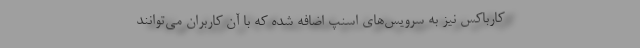
کارباکس نیز به سرویس‌های اسنپ اضافه شده که با آن کاربران می‌توانند